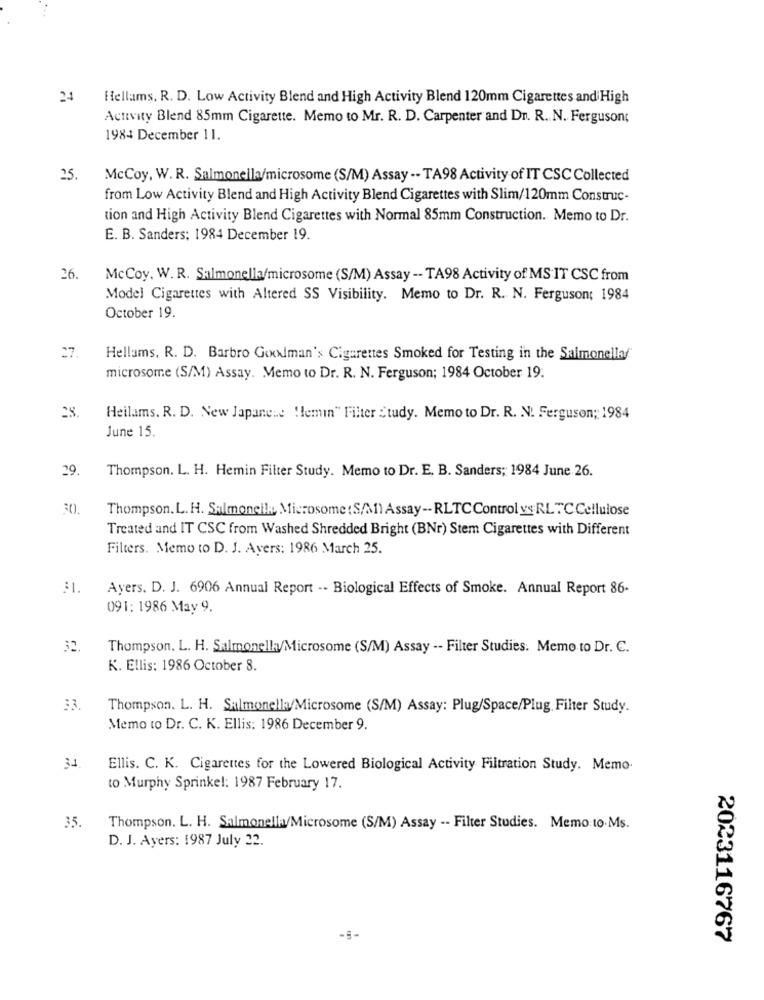
24
Hellams. R. D. Low Activity Blend and High Activity Blend 120mm Cigarettes and High
Activity Blend 85mm Cigarette. Memo to Mr. R. D. Carpenter and Dr. R. N. Ferguson;
1984 December 11.
25
McCoy, W. R. Salmonella/microsome (S/M) Assay -- TA98 Activity of IT CSC Collected
from Low Activity Blend and High Activity Blend Cigarettes with Slim/120mm Construc-
tion and High Activity Blend Cigarettes with Normal 85mm Construction. Memo to Dr.
E. B. Sanders: 1984 December 19.
26.
McCoy. W. R. Salmonella/microsome (S/M) Assay -- TA98 Activity of MS IT CSC from
Model Cigarettes with Altered SS Visibility. Memo to Dr. R. N. Ferguson; 1984
October 19.
27
Hellams, R. D. Barbro Goxxlman's Cigarettes Smoked for Testing in the Salmonella/
microsome (S/M) Assay. Memo to Dr. R. N. Ferguson; 1984 October 19.
28.
Heilams. R. D. New Japanese !lemin" Filter Study. Memo to Dr. R. N. Ferguson ;: 1984
June 15.
29.
Thompson. L. H. Hemin Filter Study. Memo to Dr. E. B. Sanders; 1984 June 26.
0:
Thompson. L. H. Salmoneilk, Microsome : S/M) Assay -- RLTC Control ys RL TC Cellulose
Treated and IT CSC from Washed Shredded Bright (BNr) Stem Cigarettes with Different
Filters. Memo to D. J. Avers: 1986 March 25.
Ayers. D. J. 6906 Annual Report -- Biological Effects of Smoke. Annual Report 86.
091: 1986 May 9.
32.
Thompson, L. H. Salmonella/Microsome (S/M) Assay -- Filter Studies. Memo to Dr. C.
K. Ellis: 1986 October 8.
Thompson. L. H. Salmonella/Microsome (S/M) Assay: Plug/Space/Plug. Filter Study.
Memo to Dr. C. K. Ellis: 1986 December 9.
34
Ellis. C. K. Cigarettes for the Lowered Biological Activity Filtration Study. Memo-
to Murphy Sprinkel: 1987 February 17.
35.
Thompson. L. H. Salmonella/Microsome (S/M) Assay -- Filter Studies. Memo to.Ms.
D. J. Ayers: 1987 July 22.
-9-
2023116767